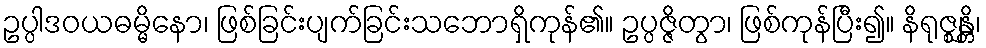
ဥပ္ပါဒဝယဓမ္မိနော၊ ဖြစ်ခြင်းပျက်ခြင်းသဘောရှိကုန်၏။ ဥပ္ပဇ္ဇိတွာ၊ ဖြစ်ကုန်ပြီး၍။ နိရုဇ္ဈန္တိ၊